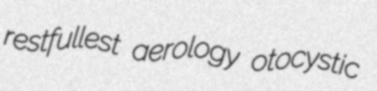
restfullest aerology otocystic